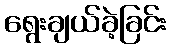
ရွေးချယ်ခဲ့ခြင်း